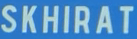
SKHIRAT